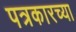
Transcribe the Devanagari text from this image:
पत्रकारच्या